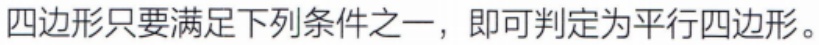
四边形只要满足下列条件之一，即可判定为平行四边形。